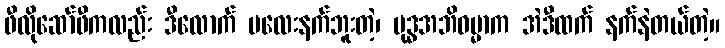
ဖီလိုဆော်ဖီကလည်း ဒီလောက် မလေးနက်ဘူးတဲ့၊ ဗုဒ္ဓအဘိဓမ္မာက အဲဒီထက် နက်နဲတယ်တဲ့။